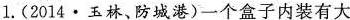
1.(2014·玉林、防城港)一个盒子内装有大